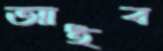
আইব